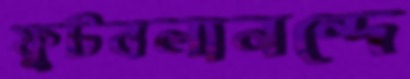
ফুটবলানন্দে